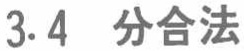
3.4 分合法